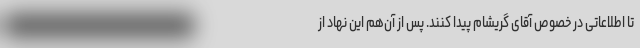
تا اطلاعاتی در خصوص آقای گریشام پیدا کنند. پس از آن‌هم این نهاد از